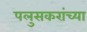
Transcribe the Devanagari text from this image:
पलुसकरांच्या